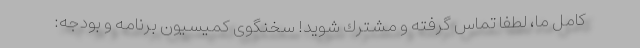
كامل ما، لطفا تماس گرفته و مشترك شويد! سخنگوی کمیسیون برنامه و بودجه: